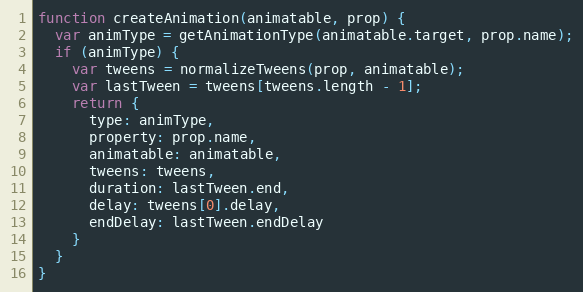
Language: JavaScript
function createAnimation(animatable, prop) {
  var animType = getAnimationType(animatable.target, prop.name);
  if (animType) {
    var tweens = normalizeTweens(prop, animatable);
    var lastTween = tweens[tweens.length - 1];
    return {
      type: animType,
      property: prop.name,
      animatable: animatable,
      tweens: tweens,
      duration: lastTween.end,
      delay: tweens[0].delay,
      endDelay: lastTween.endDelay
    }
  }
}